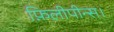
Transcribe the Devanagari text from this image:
फ़िलीपीन्स।